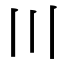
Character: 〣